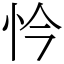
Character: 忴